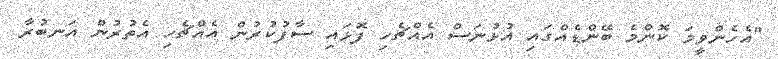
"އެހެންވީމަ ކޮންމެ ބޭންޑެއްގައި އުޅުނަސް އެއްޗެހި ފޮޅައި ސާފުކުރުން އެއްޗެހި އެތުރުން އަނބުރާ